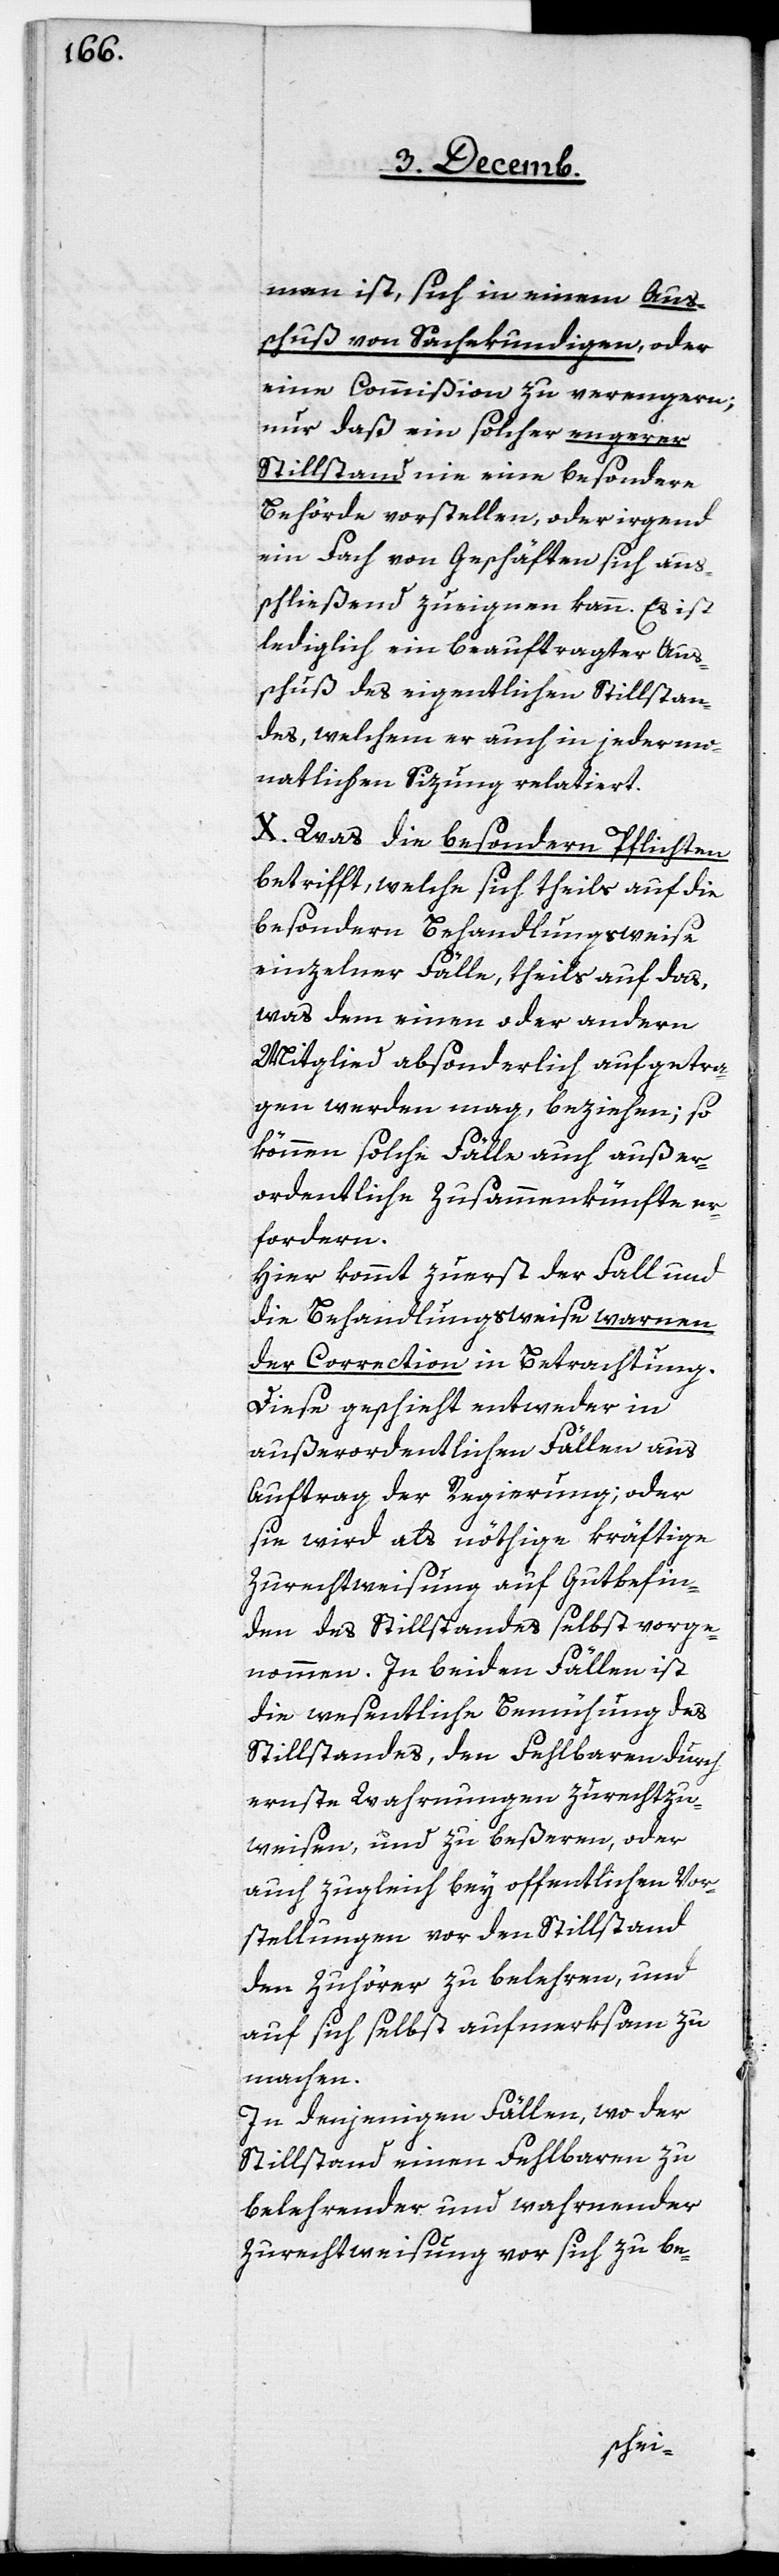
men ist, sich in einem Aus¬
schuß von Sachekundigen, oder
eine Commißion zu verengern;
nur daß ein solcher engerer
Stillstand nie eine besondere
Behörde vorstellen, oder irgend
ein Fach von Geschäften sich aus¬
schließend zueignen kann. Es ist
lediglich ein beauftragter Aus¬
schuß des eigentlichen Stillstan¬
des, welchem er auch in jeder mo¬
natlichen Sizung relatiert.
X. Was die besondern Pflichten
betrifft, welche sich theils auf die
besondere Behandlungsweise
einzelner Fälle, theils auf das,
was dem einen oder andern
Mitglied absonderlich aufgetra¬
gen werden mag, beziehen; so
können solche Fälle auch außer¬
ordentliche Zusammenkünfte er¬
fordern.
Hier kommt zuerst der Fall und
die Behandlungsweise warnen¬
der Correction in Betrachtung.
Diese geschieht entweder in
außerordentlichen Fällen aus
Auftrag der Regierung; oder
sie wird als nöthige kräftige
Zurechtweisung auf Gutbefin¬
den des Stillstandes selbst vorge¬
nommen. In beiden Fällen ist
die wesentliche Bemühung des
Stillstandes, den Fehlbaren durch
ernste Wahrnungen zurechtzu¬
weisen, und zu beßeren, oder
auch zugleich bey öffentlichen Vor¬
stellungen vor den Stillstand
den Zuhörer zu belehren, und
auf sich selbst aufmerksam zu
machen.
In denjenigen Fällen, wo der
Stillstand einen Fehlbaren zu
belehrender und warnender
Zurechtweisung vor sich zu be-